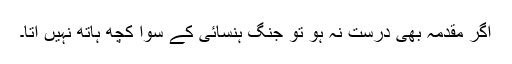
اگر مقدمہ بھی درست نہ ہو تو جنگ ہنسائی کے سوا کچھ ہاتھ نہیں آتا۔